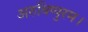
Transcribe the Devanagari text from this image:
अरुविप्पुरम।